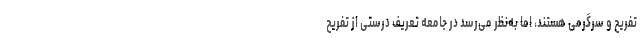
تفریح و سرگرمی هستند، اما به‌نظر می‌رسد در جامعه تعریف درستی از تفریح